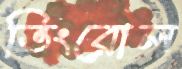
ভিংরোল